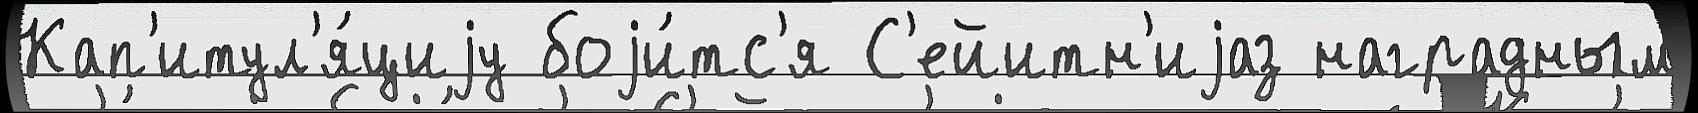
Кап'итул'я́циjу боjи́тс'я С'ейитн'иjаз наградным